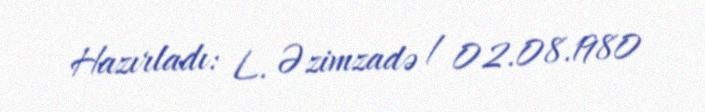
Hazırladı: L. Əzimzadə / 02.08.1980